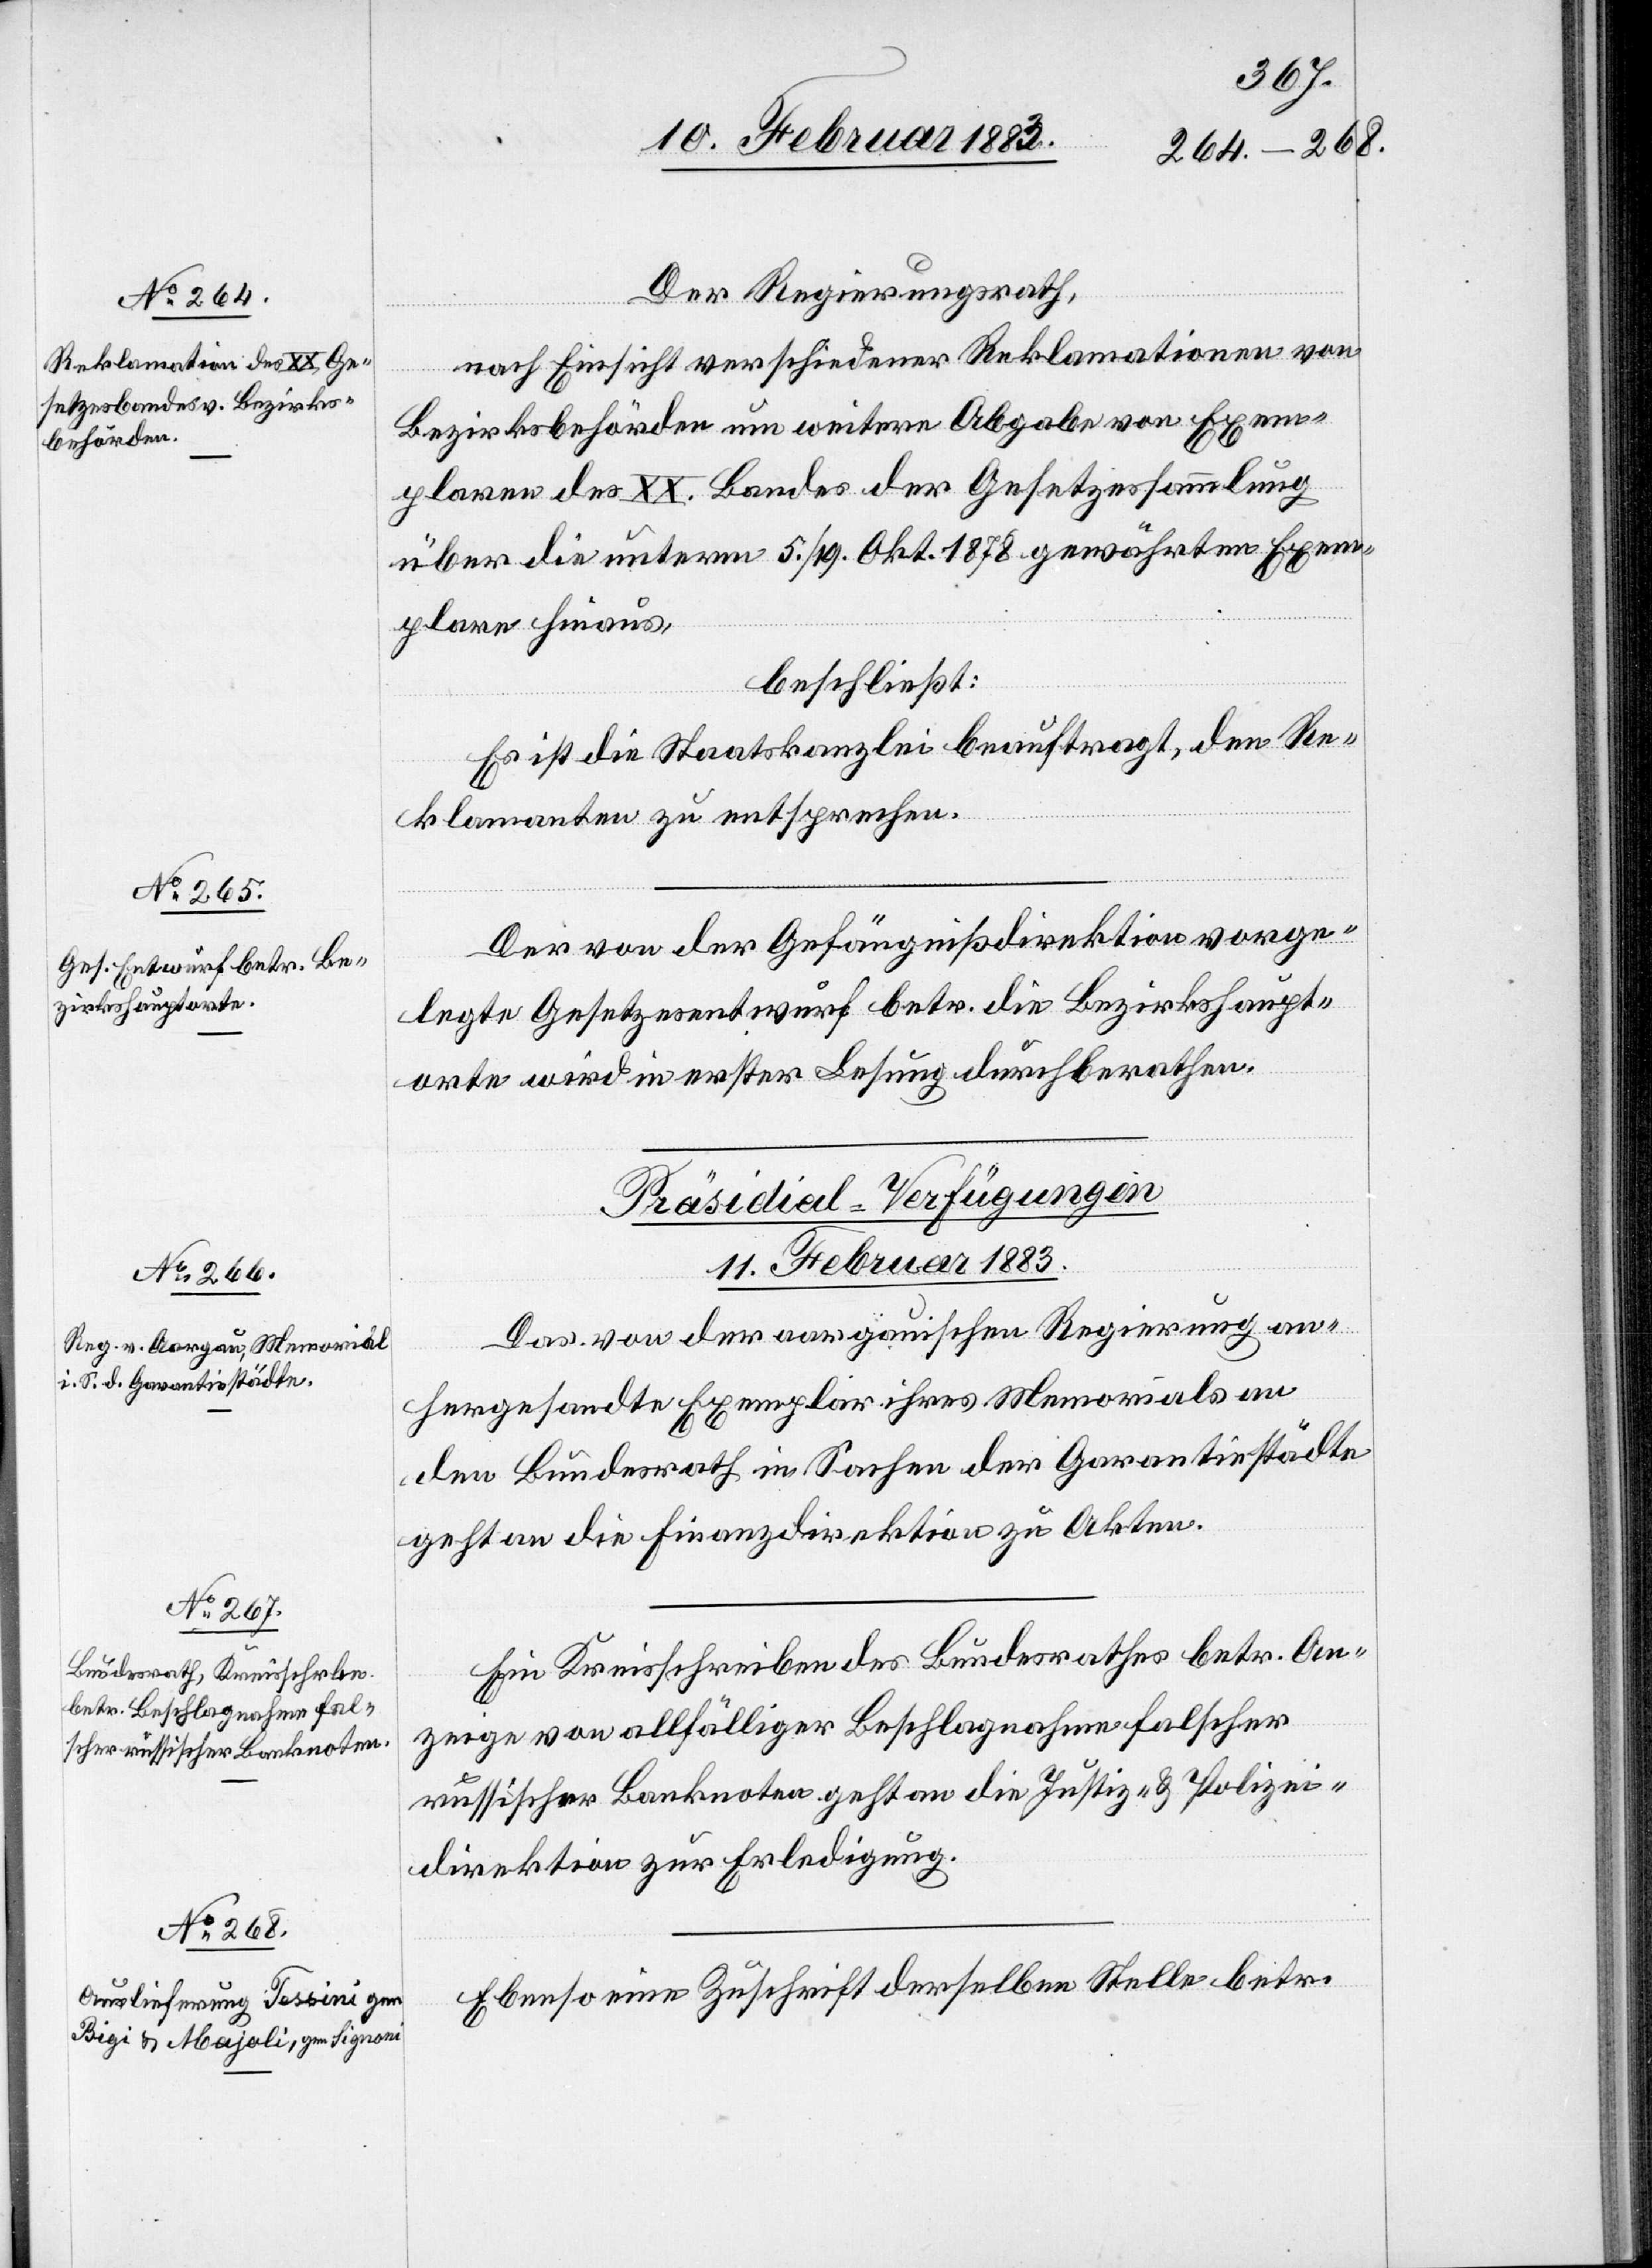
Der Regierungsrath,
nach Einsicht verschiedener Reklamationen von
Bezirksbehörden um weitere Abgabe von Exem¬
plaren des XX. Bandes der Gesetzessammlung
über die unterm 5./19. Okt. 1878 gewährten Exem¬
plare hinaus,
beschließt:
Es ist die Staatskanzlei beauftragt, den Re¬
klamanten zu entsprechen.
Der von der Gefängnißdirektion vorge¬
legte Gesetzesentwurf betr. die Bezirkshaupt¬
orte wird in erster Lesung durchberathen.
[Präsidial-Verfügungen
11. Februar 1883.]
Das von der aargauischen Regierung an¬
hergesandte Exemplar ihres Memorials an
den Bundesrath in Sachen der Garantiestädte
geht an die Finanzdirektion zu Akten.
Ein Kreisschreiben des Bundesrathes betr. An¬
zeige von allfälliger Beschlagnahme falscher
russischer Banknoten geht an die Justiz- & Polizei¬
direktion zur Erledigung.
Ebenso eine Zuschrift derselben Stelle betr.